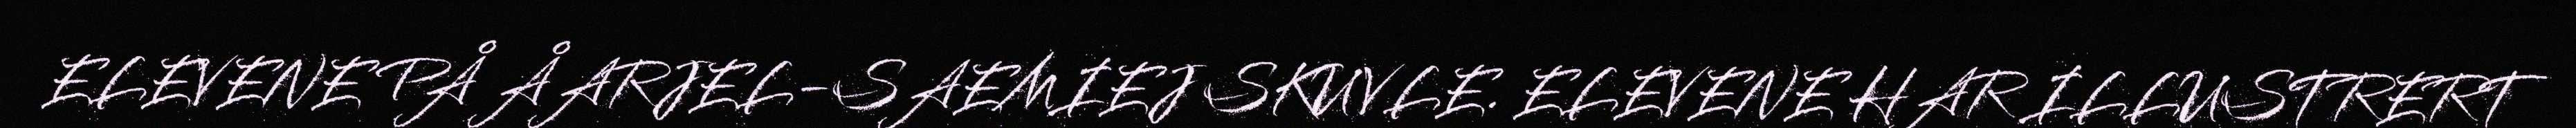
ELEVENE PÅ ÅARJEL-SAEMIEJ SKUVLE. ELEVENE HAR ILLUSTRERT